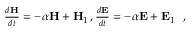
\begin{array} { r } { \frac { d \mathbf { H } } { d t } = - \alpha \mathbf { H } + \mathbf { H } _ { 1 } \, , \frac { d \mathbf { E } } { d t } = - \alpha \mathbf { E } + \mathbf { E } _ { 1 } } \end{array} \, ,